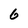
Character: 6